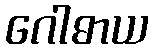
ဂေါဓာယ